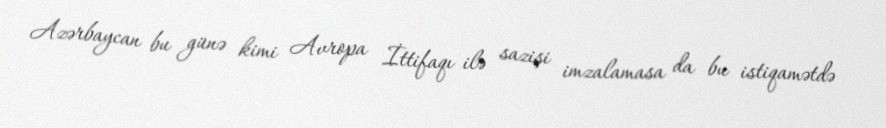
Azərbaycan bu günə kimi Avropa İttifaqı ilə sazişi imzalamasa da bu istiqamətdə